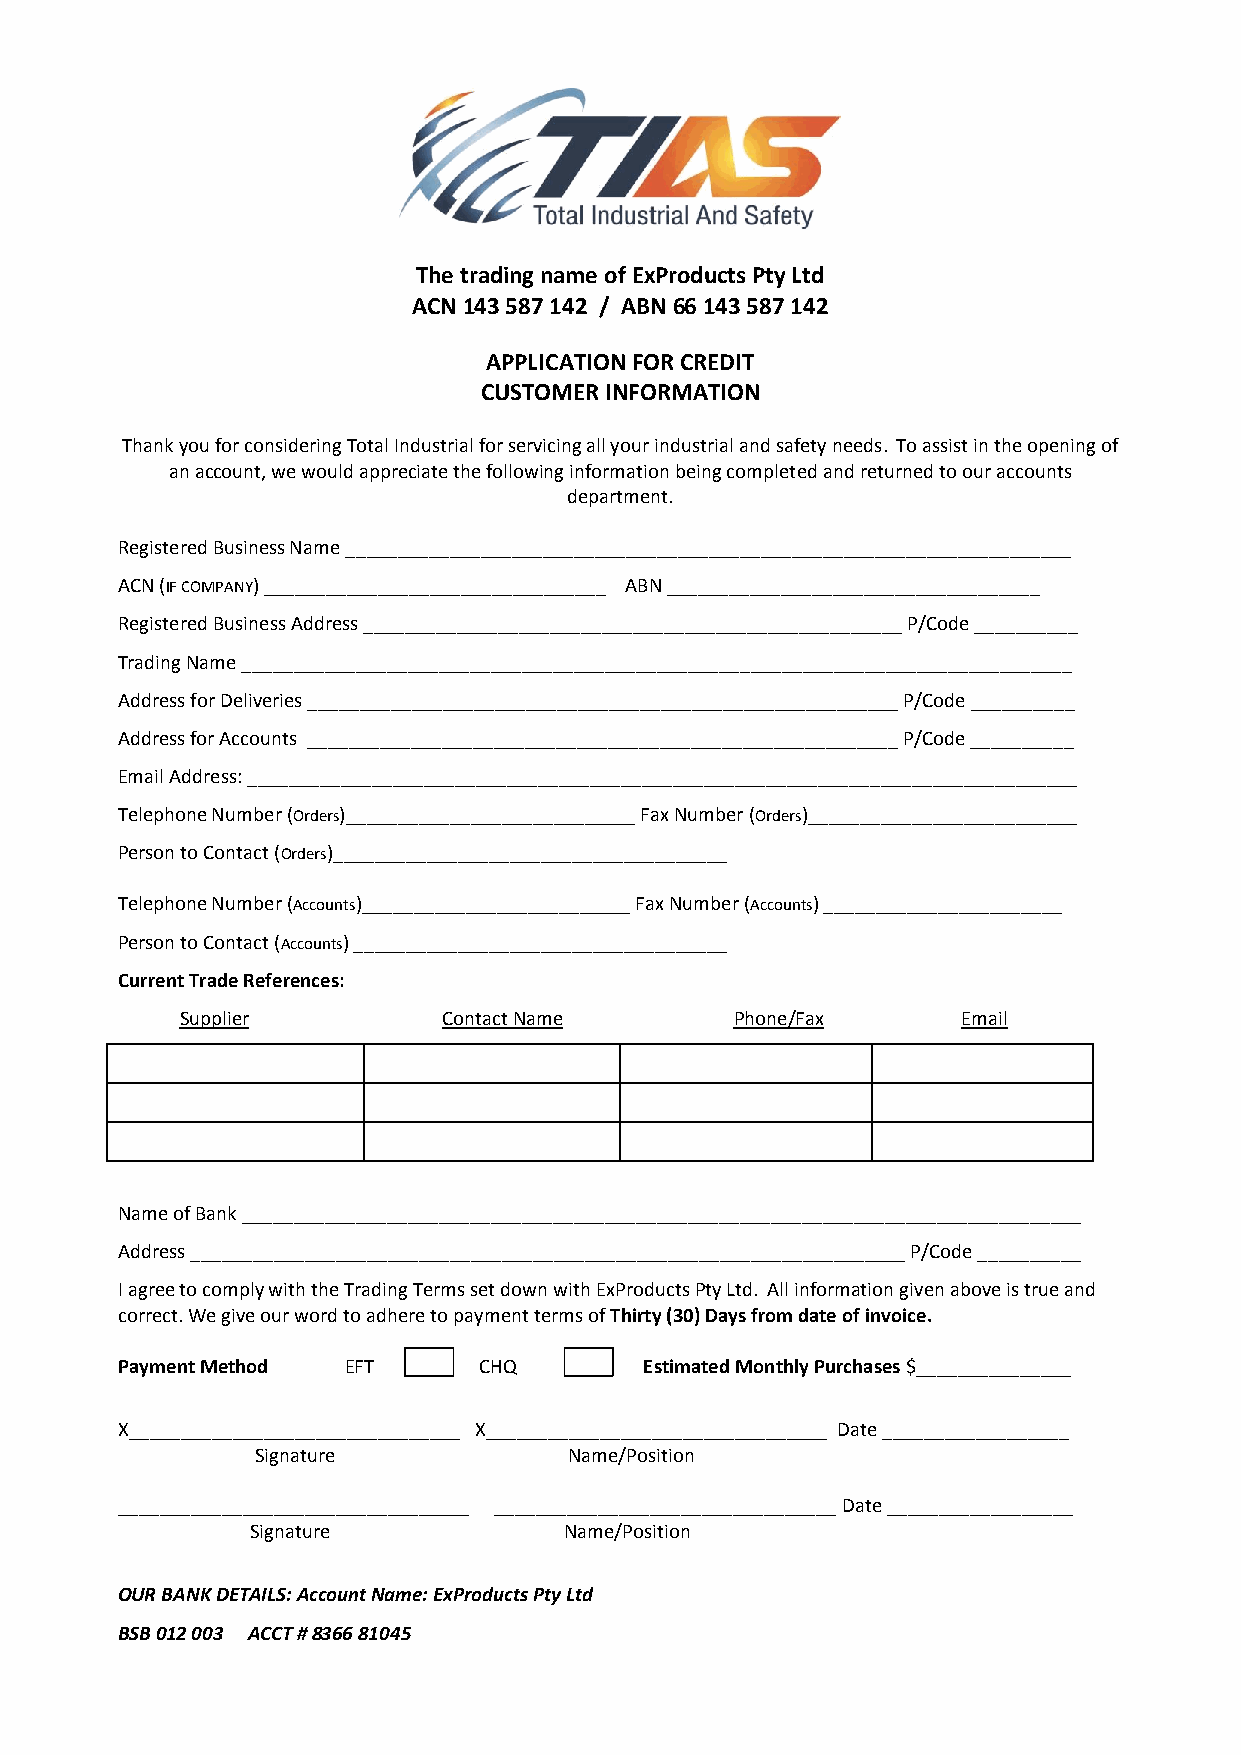
The trading name of ExProducts Pty Ltd
 ACN 143 587 142 / ABN 66 143 587 142
 APPLICATION FOR CREDIT
 CUSTOMER INFORMATION
 Thank you for considering Total Industrial for servicing all your industrial and safety needs. To assist in the opening of
 an account, we would appreciate the following information being completed and returned to our accounts
 department.
 Registered Business Name ______________________________________________________________________
 ACN (IF COMPANY) _________________________________ ABN ____________________________________
 Registered Business Address ____________________________________________________ P/Code __________
 Trading Name ________________________________________________________________________________
 Address for Deliveries _________________________________________________________ P/Code __________
 Address for Accounts _________________________________________________________ P/Code __________
 Email Address: ________________________________________________________________________________
 Telephone Number (Orders)____________________________ Fax Number (Orders)__________________________
 Person to Contact (Orders)______________________________________
 Telephone Number (Accounts)__________________________ Fax Number (Accounts) _______________________
 Person to Contact (Accounts) ____________________________________
 Current Trade References:
 Supplier         Contact Name        Phone/Fax      Email
 Name of Bank _________________________________________________________________________________
 Address _____________________________________________________________________ P/Code __________
 I agree to comply with the Trading Terms set down with ExProducts Pty Ltd. All information given above is true and
 correct. We give our word to adhere to payment terms of Thirty (30) Days from date of invoice.
 Payment Method EFT      CHQ        Estimated Monthly Purchases $_______________
 X________________________________ X_________________________________ Date __________________
 Signature            Name/Position
 __________________________________ _________________________________ Date __________________
 Signature           Name/Position
 OUR BANK DETAILS: Account Name: ExProducts Pty Ltd
 BSB 012 003 ACCT # 8366 81045